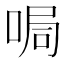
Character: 𠵑